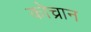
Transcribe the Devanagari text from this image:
कोच्रान